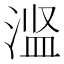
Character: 𬈋